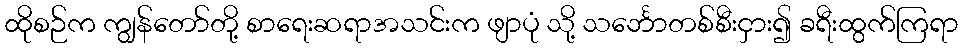
ထိုစဉ်က ကျွန်တော်တို့ စာရေးဆရာအသင်းက ဖျာပုံ သို့ သင်္ဘောတစ်စီးငှား၍ ခရီးထွက်ကြရာ